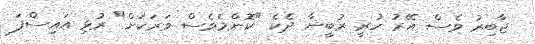
ޖާބިރު ވެސް އޭރު ހުރީ ރުބީނާ ދެކެ "ކޮންމެވެސް ވަރަކަށް" ރުޅި އައިސްފަ